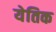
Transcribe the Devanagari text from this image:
येतिक